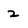
Character: 2